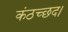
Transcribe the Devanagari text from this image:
कंठच्छद।